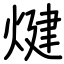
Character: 煡